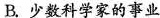
B.少数科学家的事业